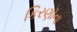
કિરણૉના